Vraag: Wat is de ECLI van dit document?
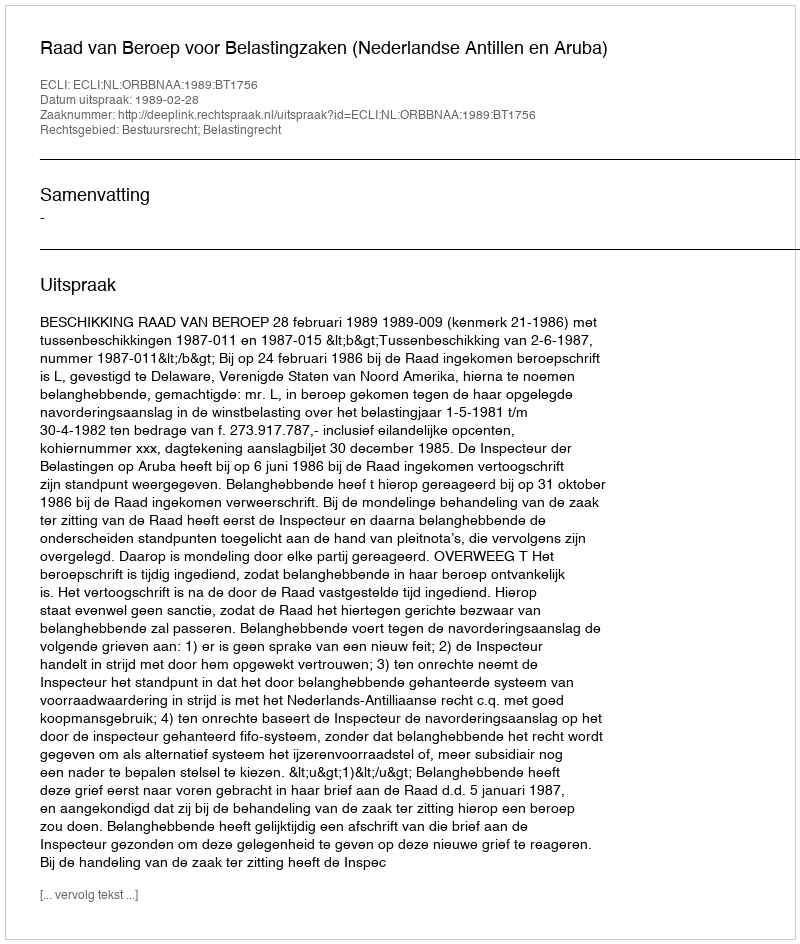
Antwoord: ECLI:NL:ORBBNAA:1989:BT1756